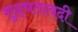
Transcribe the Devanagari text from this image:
शुद्धतावदी